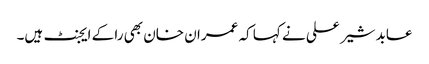
عابد شیر علی نے کہا کہ عمران خان بھی را کے ایجنٹ ہیں۔